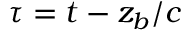
\tau = t - z _ { b } / c